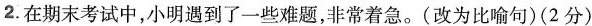
2.在期末考试中，小明遇到了一些难题，非常着急。(改为比喻句)(2分)